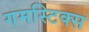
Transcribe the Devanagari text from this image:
गमस्टिक्स